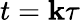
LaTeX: t=\mathbf{k}\tau